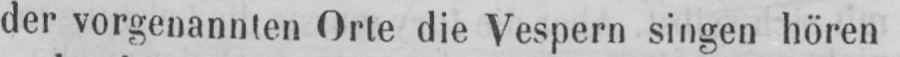
der vorgenannten Orte die Vespern singen hören